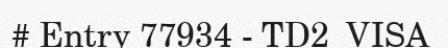
# Entry 77934 - TD2_VISA